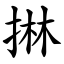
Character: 㨆